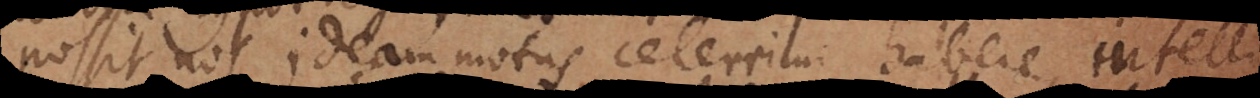
possit, nos ideam motus celerrimi habere; intelligimus